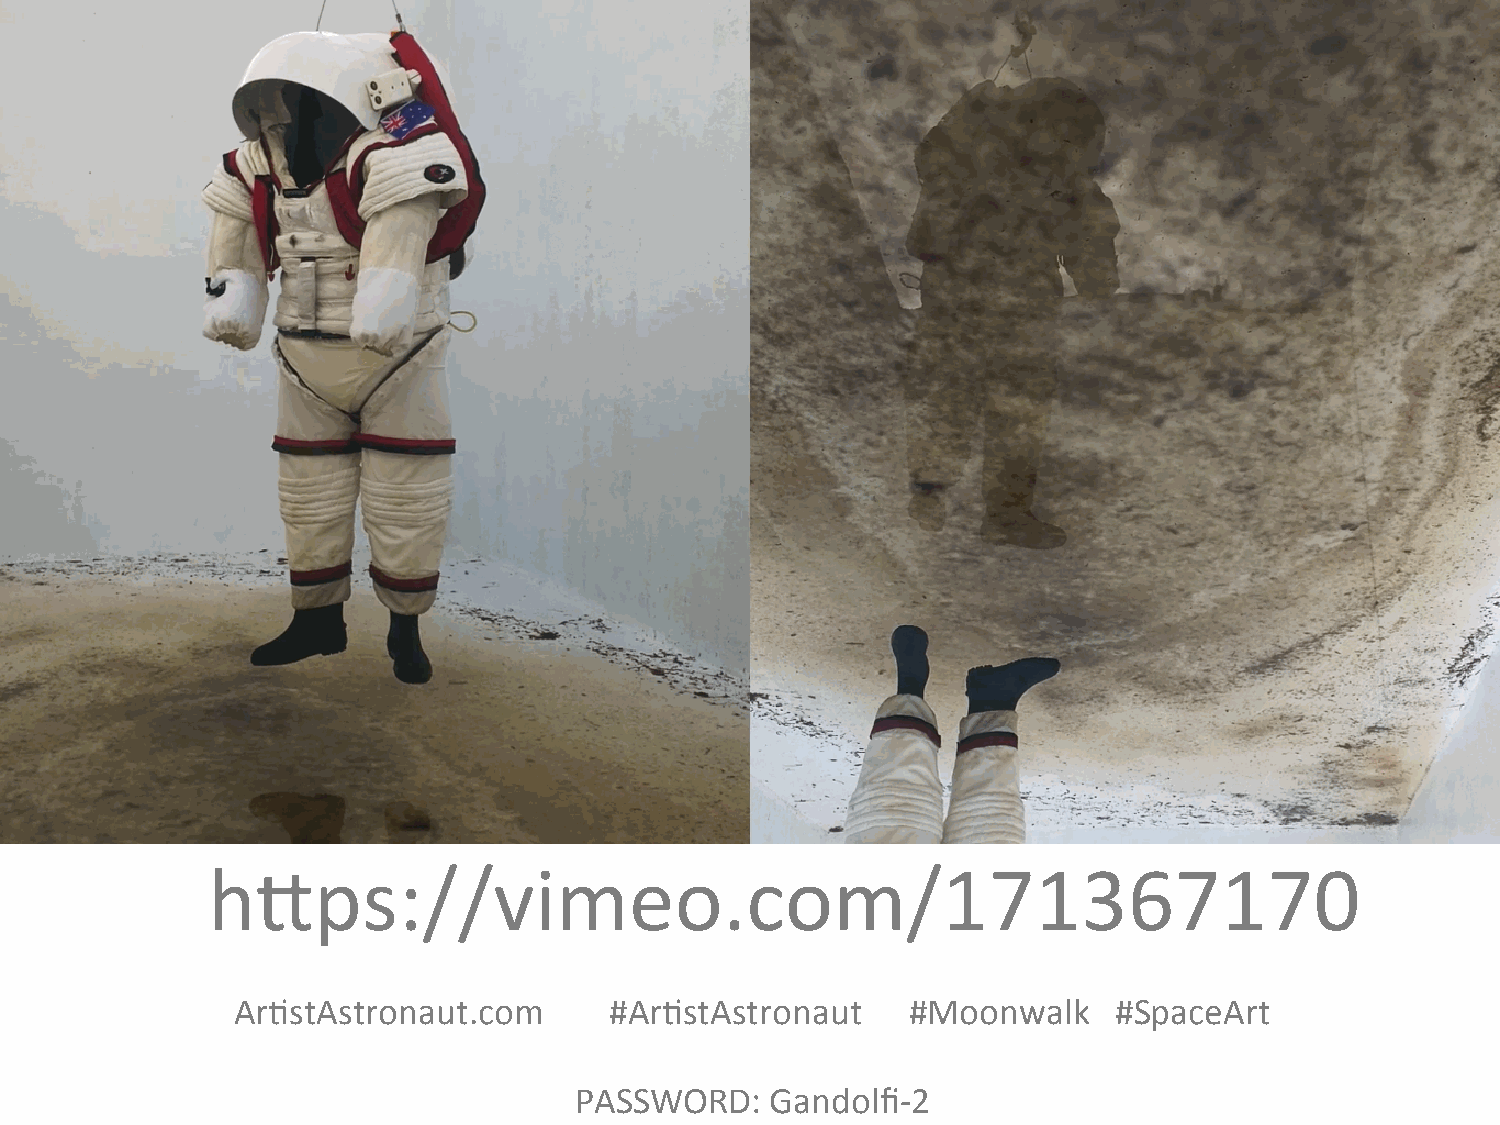
h?ps://vimeo.com/171367170
 Ar%stAstronaut.com      #Ar%stAstronaut     #Moonwalk     #SpaceArt
 PASSWORD:    Gandolfi-2